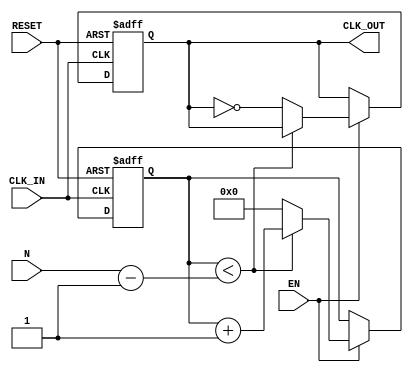
module clock_divider (
    input wire CLK_IN,      // Input clock signal
    input wire RESET,       // Reset signal
    input wire EN,          // Enable signal
    input wire [31:0] N,    // Division factor (configurable)
    output reg CLK_OUT      // Output divided clock signal
);

    reg [31:0] counter;     // Counter to track clock cycles

    // Initialize the counter and output clock on reset
    always @(posedge CLK_IN or posedge RESET) begin
        if (RESET) begin
            counter <= 0;
            CLK_OUT <= 0;
        end else if (EN) begin
            // Increment the counter
            if (counter < N - 1) begin
                counter <= counter + 1;
            end else begin
                // Reset the counter and toggle the output clock
                counter <= 0;
                CLK_OUT <= ~CLK_OUT;
            end
        end
    end

endmodule